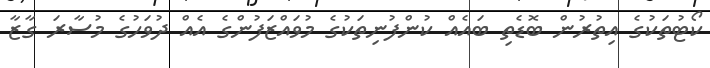
ކޯޓުތަކުގެ އިތުރުން ބޮޑެތި ބައެއް ކުންފުނިތަކުގެ މުވައްޒަފުންގެ އެއް ދުވަހުގެ މުސާރަ ގާޒާ